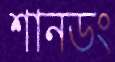
শানডং